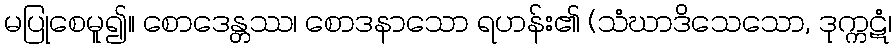
မပြုစေမူ၍။ စောဒေန္တဿ၊ စောဒနာသော ရဟန်း၏ (သံဃာဒိသေသော, ဒုက္ကဋံ၊